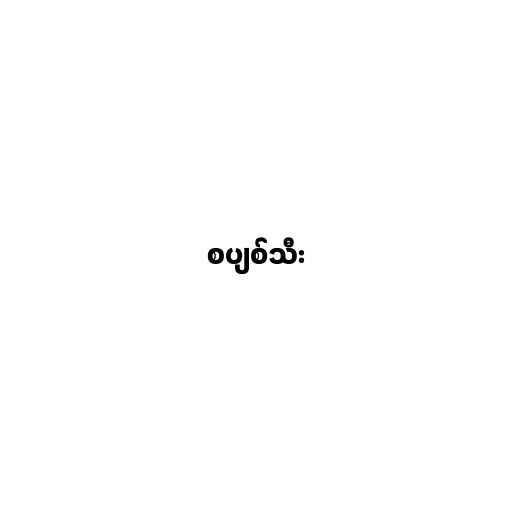
စပျစ်သီး